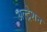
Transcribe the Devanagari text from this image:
अल्ट्रेशन